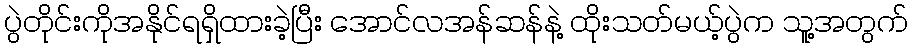
ပွဲတိုင်းကိုအနိုင်ရရှိထားခဲ့ပြီး အောင်လအန်ဆန်နဲ့ ထိုးသတ်မယ့်ပွဲက သူ့အတွက်